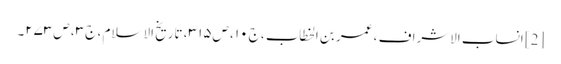
[2] انساب الاشراف ، عمر بن الخطاب ، ج۱۰ ، ص۳۱۵ ، تاریخ الاسلام ، ج۳ ، ص۲۷۳۔